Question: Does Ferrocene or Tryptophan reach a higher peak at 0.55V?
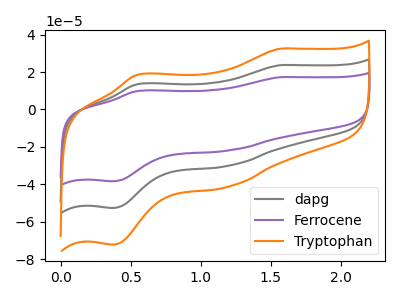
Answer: <think>The gray curve "dapg" has anodic peaks at (1.55V, 23.65uA) (0.55V, 13.50uA) and cathodic peaks at (1.20V, -30.00uA) (0.35V, -52.55uA). The purple curve "Ferrocene" has anodic peaks at (1.55V, 17.25uA) (0.55V, 9.85uA) and cathodic peaks at (1.20V, -21.85uA) (0.35V, -38.30uA). The orange curve "Tryptophan" has anodic peaks at (1.55V, 47.30uA) (0.55V, 26.95uA) and cathodic peaks at (1.20V, -60.00uA) (0.35V, -105.15uA).</think>
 <answer>The peak at 0.55V is lower in "Ferrocene" than in "Tryptophan".</answer>
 <eval>lower</eval>